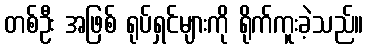
တစ်ဦး အဖြစ် ရုပ်ရှင်များကို ရိုက်ကူးခဲ့သည်။